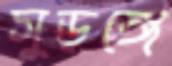
সুড়ঙ্গে